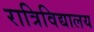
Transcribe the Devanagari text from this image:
रात्रिविद्यालय